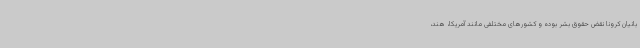
بانیان کرونا نقض حقوق بشر بوده و کشورهای مختلفی مانند آمریکا، هند،